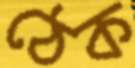
ঠেক